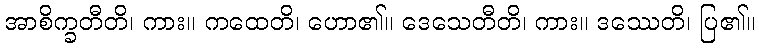
အာစိက္ခတီတိ၊ ကား။ ကထေတိ၊ ဟော၏။ ဒေသေတီတိ၊ ကား။ ဒဿေတိ၊ ပြ၏။